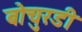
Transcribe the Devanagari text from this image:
बोचुरडी